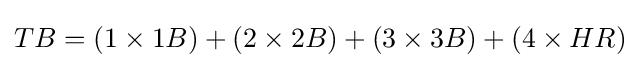
TB=(1\times 1B)+(2\times 2B)+(3\times 3B)+(4\times HR)